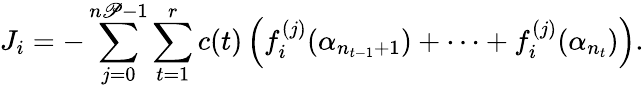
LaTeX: J_{i}=-\sum_{j=0}^{n\mathscr{P}-1}\sum_{t=1}^{r}c(t)\left(f_{i}^{(j)}(\alpha_{n_{t-1}+1})+\cdots+f_{i}^{(j)}(\alpha_{n_{t}})\right).